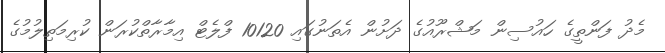
މެދު ފަންތީގެ ހައުސިން މަޝްރޫއުގެ ދަށުން އެތަނުގައި 10120 ފްލެޓް އިމާރާތްކުރަން ކުރިމަތިލުމުގެ